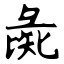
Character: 彘